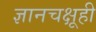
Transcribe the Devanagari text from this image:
ज्ञानचक्षूही